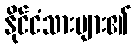
နိုင်ငံသားများ၏